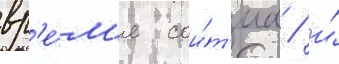
вр'е́м'я сои́т'иа / и́